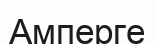
Амперге